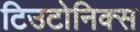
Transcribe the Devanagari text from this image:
टिउटोनिक्स